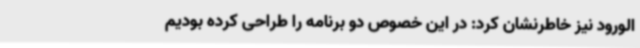
الورود نیز خاطرنشان کرد: در این خصوص دو برنامه را طراحی کرده بودیم